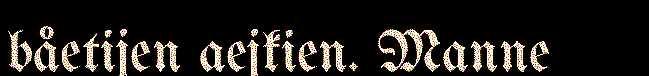
båetijen aejkien. Manne